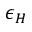
\epsilon _ { H }